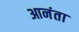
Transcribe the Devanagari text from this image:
आनंता